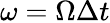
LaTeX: \omega=\Omega\Delta t